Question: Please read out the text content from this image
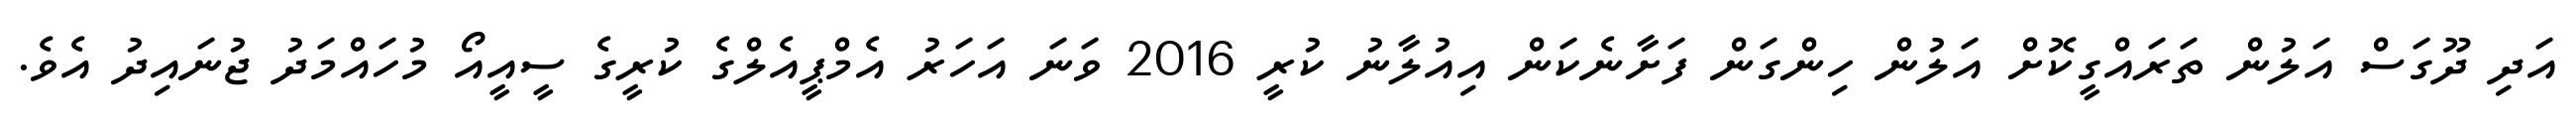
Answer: އަދި ދޫގަސް އަލުން ތަރައްގީކޮށް އަލުން ހިންގަން ފަށާނެކަން އިއުލާނު ކުރީ 2016 ވަނަ އަހަރު އެމްޕީއެލްގެ ކުރީގެ ސީއީއޯ މުހައްމަދު ޖުނައިދު އެވެ.